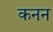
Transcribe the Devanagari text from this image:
कनन